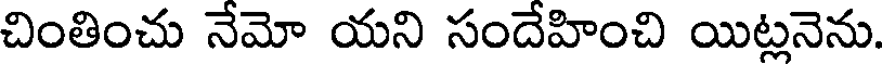
చింతించు నేమో యని సందేహించి యిట్లనెను.